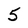
Character: 5